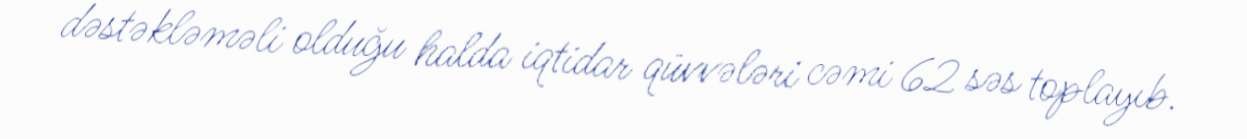
dəstəkləməli olduğu halda iqtidar qüvvələri cəmi 62 səs toplayıb.